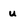
Character: u